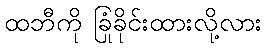
ထဘီကို ခြုံခိုင်းထားလို့လား